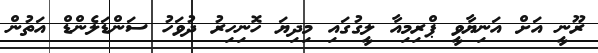
ރޫނީ އަށް އަނިޔާވީ ޕްރިމިއާ ލީގުގައި މިދިޔަ ހޮނިހިރު ދުވަހު ސަންޑަލެންޑް އަތުން